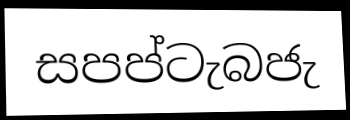
සපප්ටැබජැ